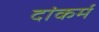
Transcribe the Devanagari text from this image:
दांकर्म